Distribution and causation of leprosy in British India
Year: 1875
Disease focus: Leprosy
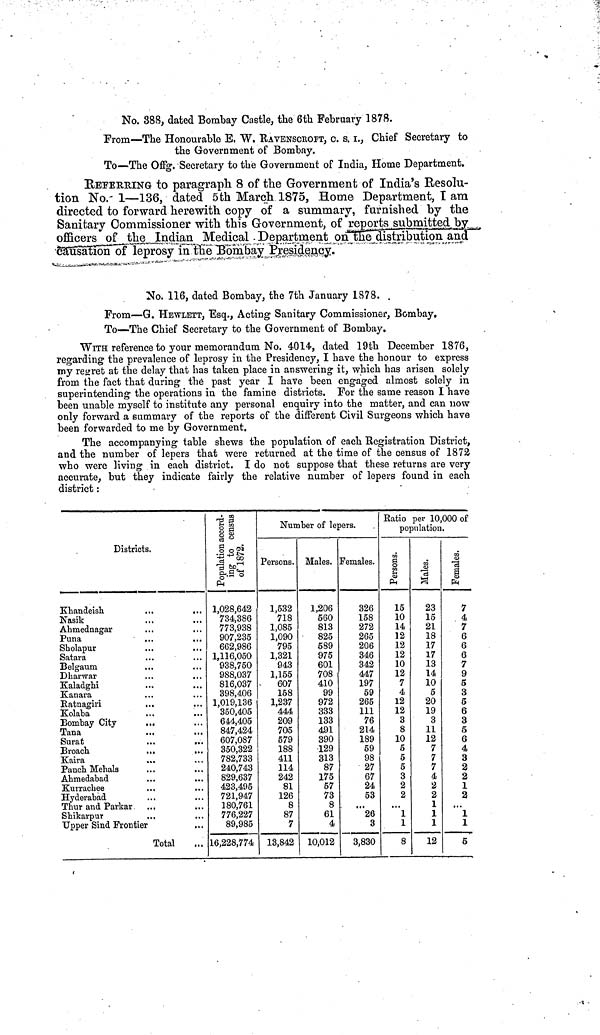
No. 388, dated Bombay Castle, the 6th February 1878.
From—The Honourable E, W. RAVENSCROFT, c. s.I., Chief Secretary to
the Government of Bombay.
To—The Offg. Secretary to the Government of India, Home Department.
REFERRING to paragraph 8 of the Government of India's Resolu-
tion No. 1—136, dated 5th March 1875, Home Department, T am
directed to forward herewith copy of a summary, furnished hy the
Sanitary Commissioner with this Government, of reports submitted hy
officers of the Indian Medical Department on the distribution and
causation of leprosy in the Bombay Presidency.
No. 116, dated Bombay, the 7th January 1878. ,
From—G. HEWLETT, Esq., Acting Sanitary Commissioner, Bombay.
To—The Chief Secretary to the Government of Bombay.
WITH reference to your memorandum No. 4014, dated 19th December 1876,
regarding the prevalence of leprosy in the Presidency, I have the honour to express
my regret at the delay that has taken place in answering it, which has arisen solely
from the fact that during the past year I have been engaged almost solely in
superintending the operations in the famine districts. For the same reason I have
been unable myself to institute any personal enquiry into the matter, and can now
only forward a summary of the reports of the different Civil Surgeons which have
been forwarded to me by Government.
The accompanying table shews the population of each Registration District,
and the number of lepers that were returned at the time of the census of 1872
who were living in each district. I do not suppose that these returns are very
accurate, but they indicate fairly the relative number of lepers found in each
district :
Districts.
Khandeish
Nasik
Ahmednagar
Puna
Sholapur
Satara
Belgaum
Dharwar
Kaladgbi
Kanara
Ratnagiri
Kolaba
Bombay City
Tana
Surat
Broach
Kaira
Panch Mehals
Ahmedabad
Kurrachee
Hyderabad
Thur and Parkar
Sbikarpur
Upper Sind Frontier
Total
1,028,642
734,386
773,938
907,235
662,986
1,116,050
938,750
988,037
816,037
398,406
1,019,136
350,405
644,405
847,424
607,087
350,322
782,733
240,743
829,637
423,495
721,947
180,761
776,227
89,985
16,228,774
Number of lepers.
Persons.
1,532
718
1,085
1,090
795
1,321
943
1,155
607
158
1,237
444
209
705
579
188
411
114
242
81
126
8
87
7
13,842
Males.
1,206
560
813
825
589
975
601
708
410
99
972
333
133
491
390
129
313
87
175
57
73
8
61
4
10,012
Females.
326
158
272
265
206
346
342
447
197
59
265
111
76
214
189
69
98
27
67
24
53
"
26
3
3,830
Ratio per 10,000 of
population.
15
10
14
12
12
12
10
12
7
4
12
12
3
8
10
5
5
5
3
2
2
"
1
1
8
23
15
21
18
17
17
13
14
10
5
20
19
3
11
12
7
7
7
4
2
2
1
1
1
12
7
4
7
6
6
6
7
9
5
3
5
6
3
5
6
4
3
2
2
1
2
"
1
1
5